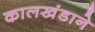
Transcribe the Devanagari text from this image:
कालखंडाने